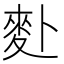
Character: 𪋿